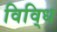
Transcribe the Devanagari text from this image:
विवि्ध